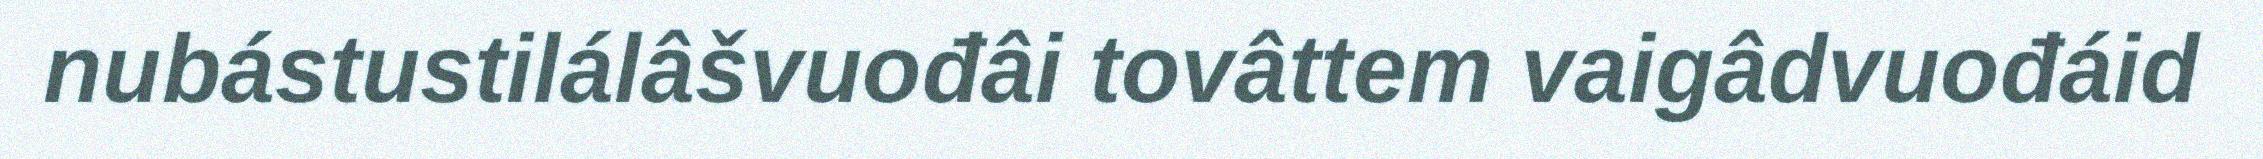
nubástustilálâšvuođâi tovâttem vaigâdvuođáid